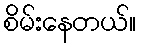
စိမ်းနေတယ်။